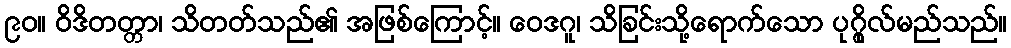
၉၀။ ဝိဒိတတ္တာ၊ သိတတ်သည်၏ အဖြစ်ကြောင့်။ ဝေဒဂူ၊ သိခြင်းသို့ရောက်သော ပုဂ္ဂိုလ်မည်သည်။